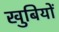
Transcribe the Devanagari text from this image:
खुबियों